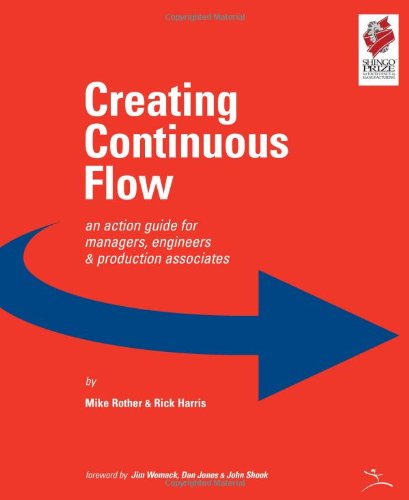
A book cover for Creating Continuous Flow: An Action Guide for Managers, Engineers & Production Associates; Mike Rother; Business & Money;